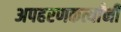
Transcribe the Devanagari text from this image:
अपहरणकर्त्यांनी